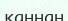
каннан